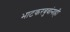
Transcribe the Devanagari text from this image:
भाटकरबुवांनाही